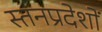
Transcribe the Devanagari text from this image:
स्तनप्रदेशों